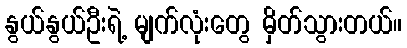
နွယ်နွယ်ဦးရဲ့ မျက်လုံးတွေ မှိတ်သွားတယ်။